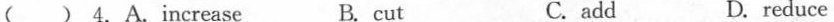
( ) 4.A.increase B. cut C. add D. reduce